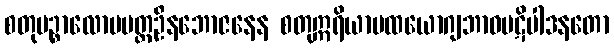
စတုပဉ္စာလောပမတ္တဦနဘောဇနေန စတုဣရိယာပထယောဂျဘာဝပဋိပါဒနတော